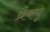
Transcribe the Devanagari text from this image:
ब्रैक्यू